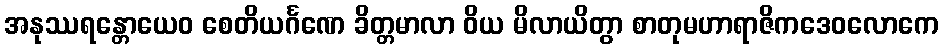
အနုဿရန္တောယေဝ စေတိယင်္ဂဏေ ခိတ္တမာလာ ဝိယ မိလာယိတွာ စာတုမဟာရာဇိကဒေဝလောကေ